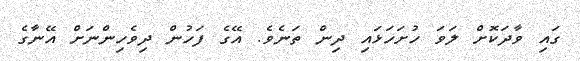
ގައި ވާދަކޮށް ލަވަ ހުށަހަޅައި ދިން ތަނެވެ. އޭގެ ފަހުން ދިވެހިންނަށް އޭނާގެ